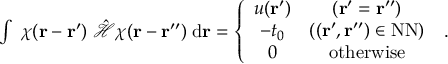
\begin{array} { r } { \int \; \chi ( \mathbf { r } - \mathbf { r } ^ { \prime } ) \; \hat { \mathcal { H } } \chi ( \mathbf { r } - \mathbf { r } ^ { \prime \prime } ) \; \mathrm { d } \mathbf { r } = \left\{ \begin{array} { c c } { u ( \mathbf { r } ^ { \prime } ) } & { ( \mathbf { r } ^ { \prime } = \mathbf { r } ^ { \prime \prime } ) } \\ { - t _ { 0 } } & { ( ( \mathbf { r } ^ { \prime } , \mathbf { r } ^ { \prime \prime } ) \in \mathrm { N N } ) } \\ { 0 } & { \mathrm { o t h e r w i s e } } \end{array} \right. \; . } \end{array}